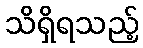
သိရှိရသည့်